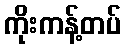
ကိုးကန့်တပ်